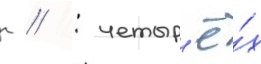
г // : четыр'ё́х